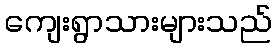
ကျေးရွာသားများသည်